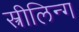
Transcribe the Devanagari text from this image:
स्त्रीलिन्ग